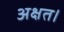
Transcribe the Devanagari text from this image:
अक्षत।